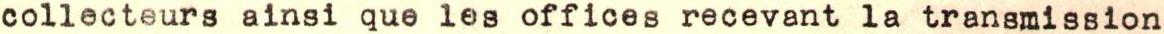
collecteurs ainsi que les offices recevant la transmission